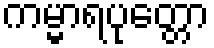
ကမ္မာရပုတ္တော